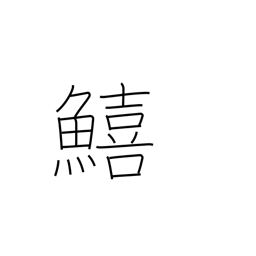
Meaning: sillaginoid